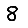
Digit: 8